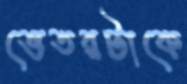
ভেতরটাকে